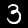
Digit: 3